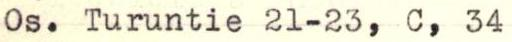
0s. Turuntie 21-23, C, 34